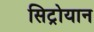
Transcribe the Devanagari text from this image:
सिट्रोयान